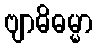
ဗျာဓိဓမ္မာ